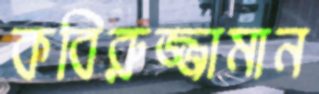
কবিরুজ্জামান